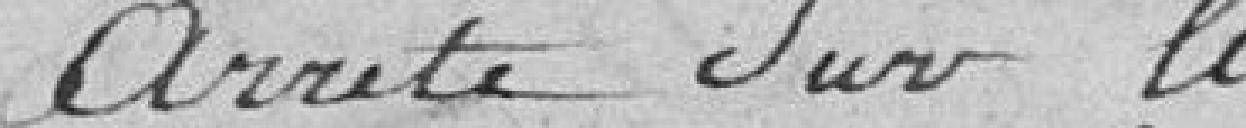
Arrêté sur la